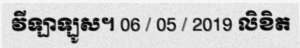
វីឡាឡូស។ 06 / 05 / 2019 លិខិត